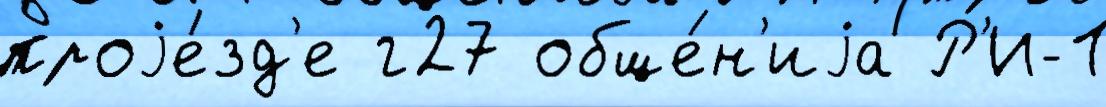
проjе́зд'е г27 обще́н'иjа Р'И-1